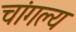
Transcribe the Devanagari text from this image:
चांगल्य